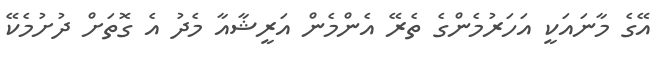
އޭގެ މާނައަކީ އަހަރުމެންގެ ތެރޭ އެންމެން އަރީޝާއާ މެދު އެ ގޮތަށް ދުށުމެކޭ